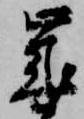
歳